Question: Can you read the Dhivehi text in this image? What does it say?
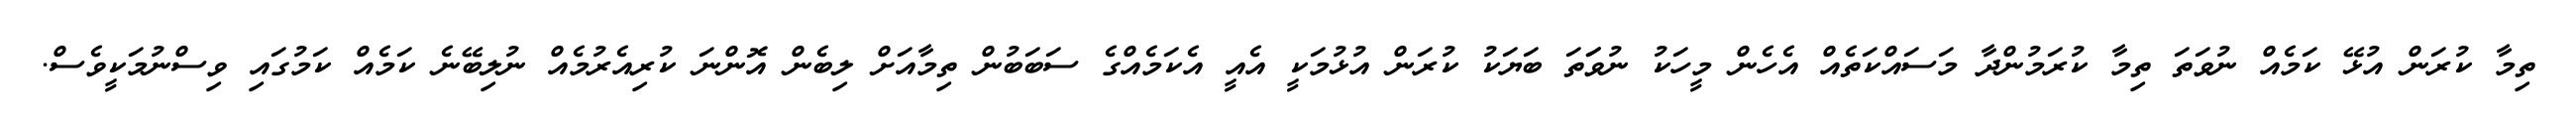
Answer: ތިމާ ކުރަން އުޅޭ ކަމެއް ނުވަތަ ތިމާ ކުރަމުންދާ މަސައްކަތެއް އެހެން މީހަކު ނުވަަތަ ބަޔަކު ކުރަން އުޅުމަކީ އެއީ އެކަމެއްގެ ސަބަބުން ތިމާއަށް ލިބެން އޮންނަ ކުރިއެރުމެއް ނުލިބޭނެ ކަމެއް ކަމުގައި ވިސްނުމަކީވެސް.